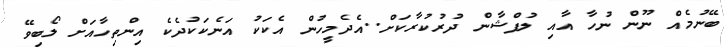
ބޭނުމެއް ނޫން ނުހާ އާއި ލުފްޝާން ދުރުކުރާކަށް..އެދެމީހުން އެކަކު އަނެކަކުދެކެ އިންތިހާއަށް ލޯބިވޭ